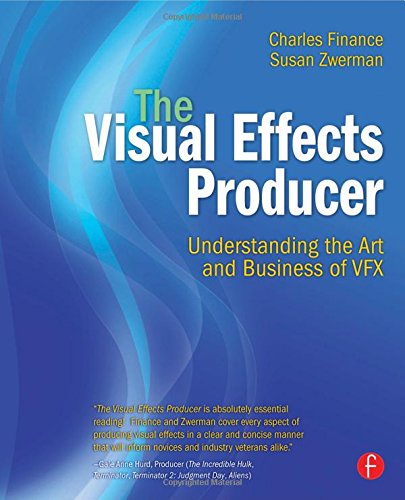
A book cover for The Visual Effects Producer: Understanding the Art and Business of VFX; Charles Finance; Arts & Photography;